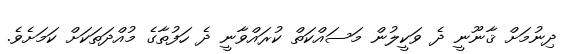
ދިނުމަށް ޤާނޫނީ ދެ ވަކީލުން މަސައްކަތް ކުރައްވާނީ ދެ ހަފުތާގެ މުއްދަތަކަށް ކަމަށެވެ.